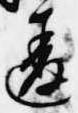
違